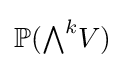
\mathbb {P} ({\textstyle \bigwedge }^{k}V)